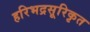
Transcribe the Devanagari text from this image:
हरिभद्रसूरिकृत